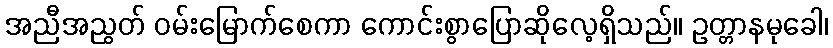
အညီအညွတ် ဝမ်းမြောက်စေကာ ကောင်းစွာပြောဆိုလေ့ရှိသည်။ ဥတ္တာနမုခေါ၊